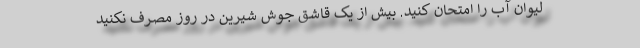
لیوان آب را امتحان کنید. بیش از یک قاشق جوش شیرین در روز مصرف نکنید